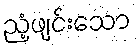
ညံ့ဖျင်းသော